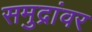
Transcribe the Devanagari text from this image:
समुद्रांवर